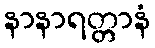
နာနာရတ္တာနံ